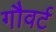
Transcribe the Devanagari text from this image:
गौवर्ट